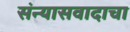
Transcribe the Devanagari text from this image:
संन्यासवादाचा